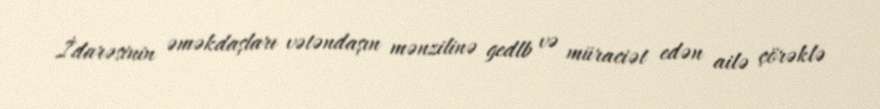
İdarəsinin əməkdaşları vətəndaşın mənzilinə gedlb və müraciət edən ailə çörəklə